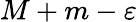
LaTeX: M+m-\varepsilon